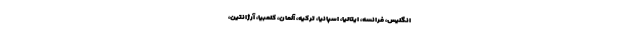
انگلیس، فرانسه، ایتالیا، اسپانیا، ترکیه، آلمان، کلمبیا، آرژانتین،